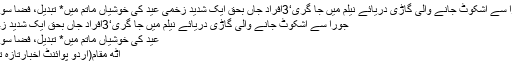
جورا سے اشکوٹ جانے والی گاڑی دریائے نیلم میں جا گری‘3افراد جاں بحق ایک شدید زخمی عید کی خوشیاں ماتم میں* تبدیل، فضا سوگوار
جورا سے اشکوٹ جانے والی گاڑی دریائے نیلم میں جا گری‘3افراد جاں بحق ایک شدید زخمی
عید کی خوشیاں ماتم میں* تبدیل، فضا سوگوار
آٹھ مقام(اُردو پوائنٹ اخبارتازہ ترین۔